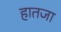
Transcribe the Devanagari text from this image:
हातजा